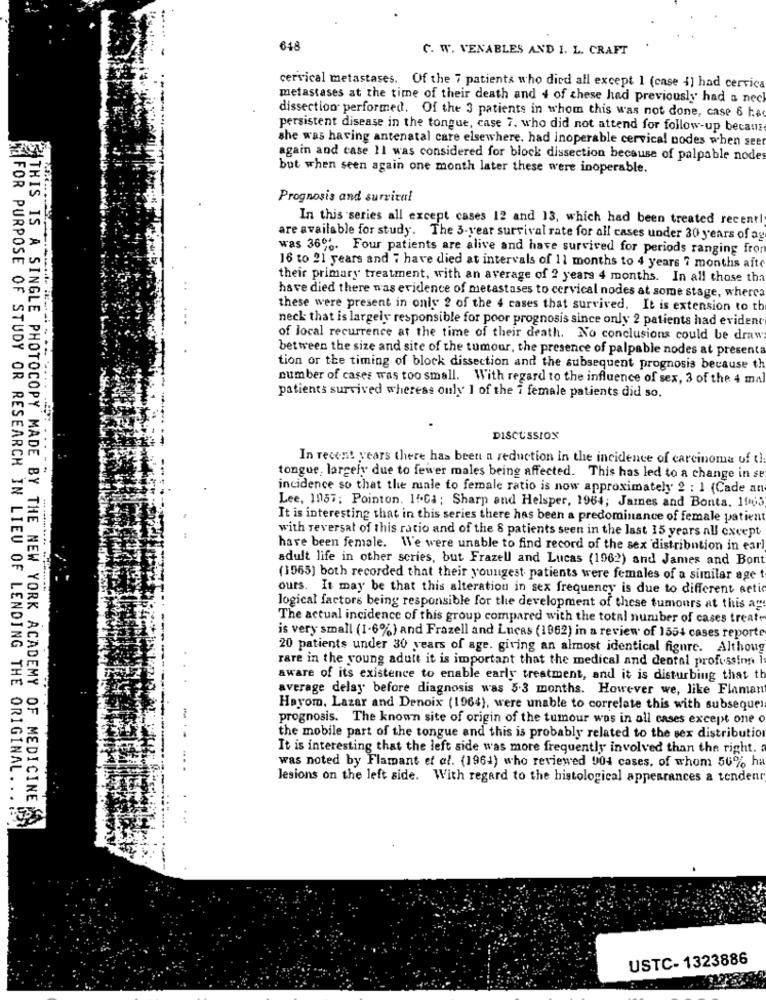
648
C. W. VENABLES AND I. L. CRAFT
cervical metastases. Of the 7 patients who died all except 1 (case 4) had cervic
metastases at the time of their death and 4 of these had previously had a neck
dissection performed. Of the 3 patients in whom this was not done, case 6 hs
persistent disease in the tongue, case 7. who did not attend for follow-up because
she was having antenatal care elsewhere. had inoperable cervical nodes when see
again and case 11 was considered for block dissection because of palpable node
but when seen again one month later these were inoperable.
Prognosis and survival
In this series all except cases 12 and 13, which had been treated recent!
are available for study. The 3-year survival rate for all cases under 30 years of ag
was 366%. Four patients are alive and have survived for periods ranging from
16 to 21 years and 7 have died at intervals of 11 months to 4 years 7 months afte
their primary treatment, with an average of 2 years 4 months. In all those tha
have died there was evidence of metastases to cervical nodes at some stage, wherco
these were present in only 2 of the 4 cases that survived. It is extension to th
neck that is largely responsible for poor prognosis since only 2 patients had evident
of local recurrence at the time of their death. No conclusions could be draw
between the size and site of the tumour, the presence of palpable nodes at presenta
tion or the timing of block dissection and the subsequent prognosis because th
number of cases was too small. With regard to the influence of sex, 3 of the 4 ma
patients survived whereas only 1 of the i female patients did so,
DISCUSSION
In recent years there has been a reduction In the incidence of carcinoma uf th
tongue, largely due to fewer males being affected. This has led to a change in se
incidence so that the male to female ratio is now approximately 2 : 1 (Cade an
Lee, 1957; Pointon. If.Ca; Sharp and Helsper, 1964; James and Bonta. 1003
It is interesting that in this series there has been a predominance of female patient
with reversal of this ratio and of the 8 patients seen in the last 15 years all except
have been female. We were unable to find record of the sex distribution in earl
adult life in other scries, but Frazell and Lucas (1962) and James and Bont
(1965) both recorded that their youngest patients were females of a similar age
ours. It may be that this alteration in sex frequency is due to different acti
logical factors being responsible for the development of these tumours at this ag
The actual incidence of this group compared with the total number of cases treat
is very small (1-6%) and Frazell and Lucas (1962) in a review of 1554 cases reporte
20 patients under 30 years of age. giving an almost identical figure. Althoug
rare in the young adult it is important that the medical and dental profissim
aware of its existence to enable early treatment, and it is disturbing that th
average delay before diagnosis was 5.3 months. However we, like Flamant
Hayom, Lazar and Denoix (1964), were unable to correlate this with subsequer
prognosis. The known site of origin of the tumour was in all cases except one o
the mobile part of the tongue and this is probably related to the sex distribution
It is interesting that the left side was more frequently involved than the right.
was noted by Flamant et al. (1964) who reviewed 904 cases, of whom 50% ha
lesions on the left side. With regard to the histological appearances a tendent
FOR PURPOSE OF STUDY OR RESEARCH IN LIEU OF LENDING THE ORIGINAL ..
"THIS IS A SINGLE PHOTOCOPY MADE BY THE NEW YORK ACADEMY OF MEDICINE
. ..
USTC- 1323886